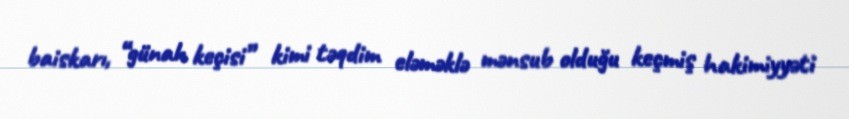
baiskarı, “günah keçisi” kimi təqdim eləməklə mənsub olduğu keçmiş hakimiyyəti